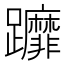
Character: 𨇻